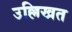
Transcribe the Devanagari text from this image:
उल्लिखत